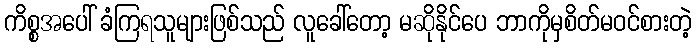
ကိစ္စအပေါ် ခံကြရသူများဖြစ်သည် လူခေါ်တော့ မဆိုနိုင်ပေ ဘာကိုမှစိတ်မဝင်စားတဲ့